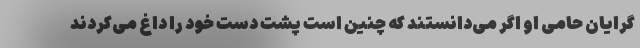
گرایان حامی او اگر می‌دانستند که چنین است پشت دست خود را داغ می‌کردند